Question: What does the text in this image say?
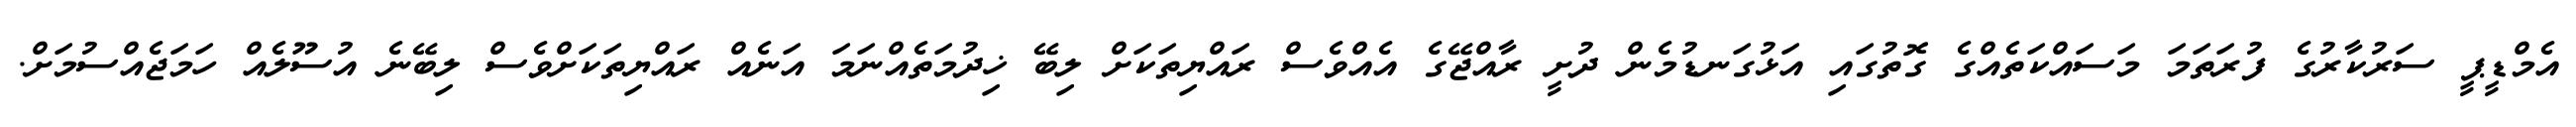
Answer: އެމްޑީޕީ ސަރުކާރުގެ ފުރަތަމަ މަސައްކަތެއްގެ ގޮތުގައި އަޅުގަނޑުމެން ދުށީ ރާއްޖޭގެ އެއްވެސް ރައްޔިތަކަށް ލިބޭ ޚިދުމަތެއްނަމަ އަނެއް ރައްޔިތަކަށްވެސް ލިބޭނެ އުސޫލެއް ހަމަޖެއްސުމަށް.